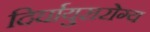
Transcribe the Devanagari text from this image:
दिर्घायुरारोग्य